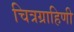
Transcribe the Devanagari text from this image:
चित्रग्राहिणी